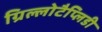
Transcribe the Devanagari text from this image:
ग्रिल्लोटैप्लिडी